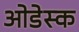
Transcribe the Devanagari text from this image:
ओडेस्क